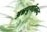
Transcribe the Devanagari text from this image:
अन्नपूर्णानन्द